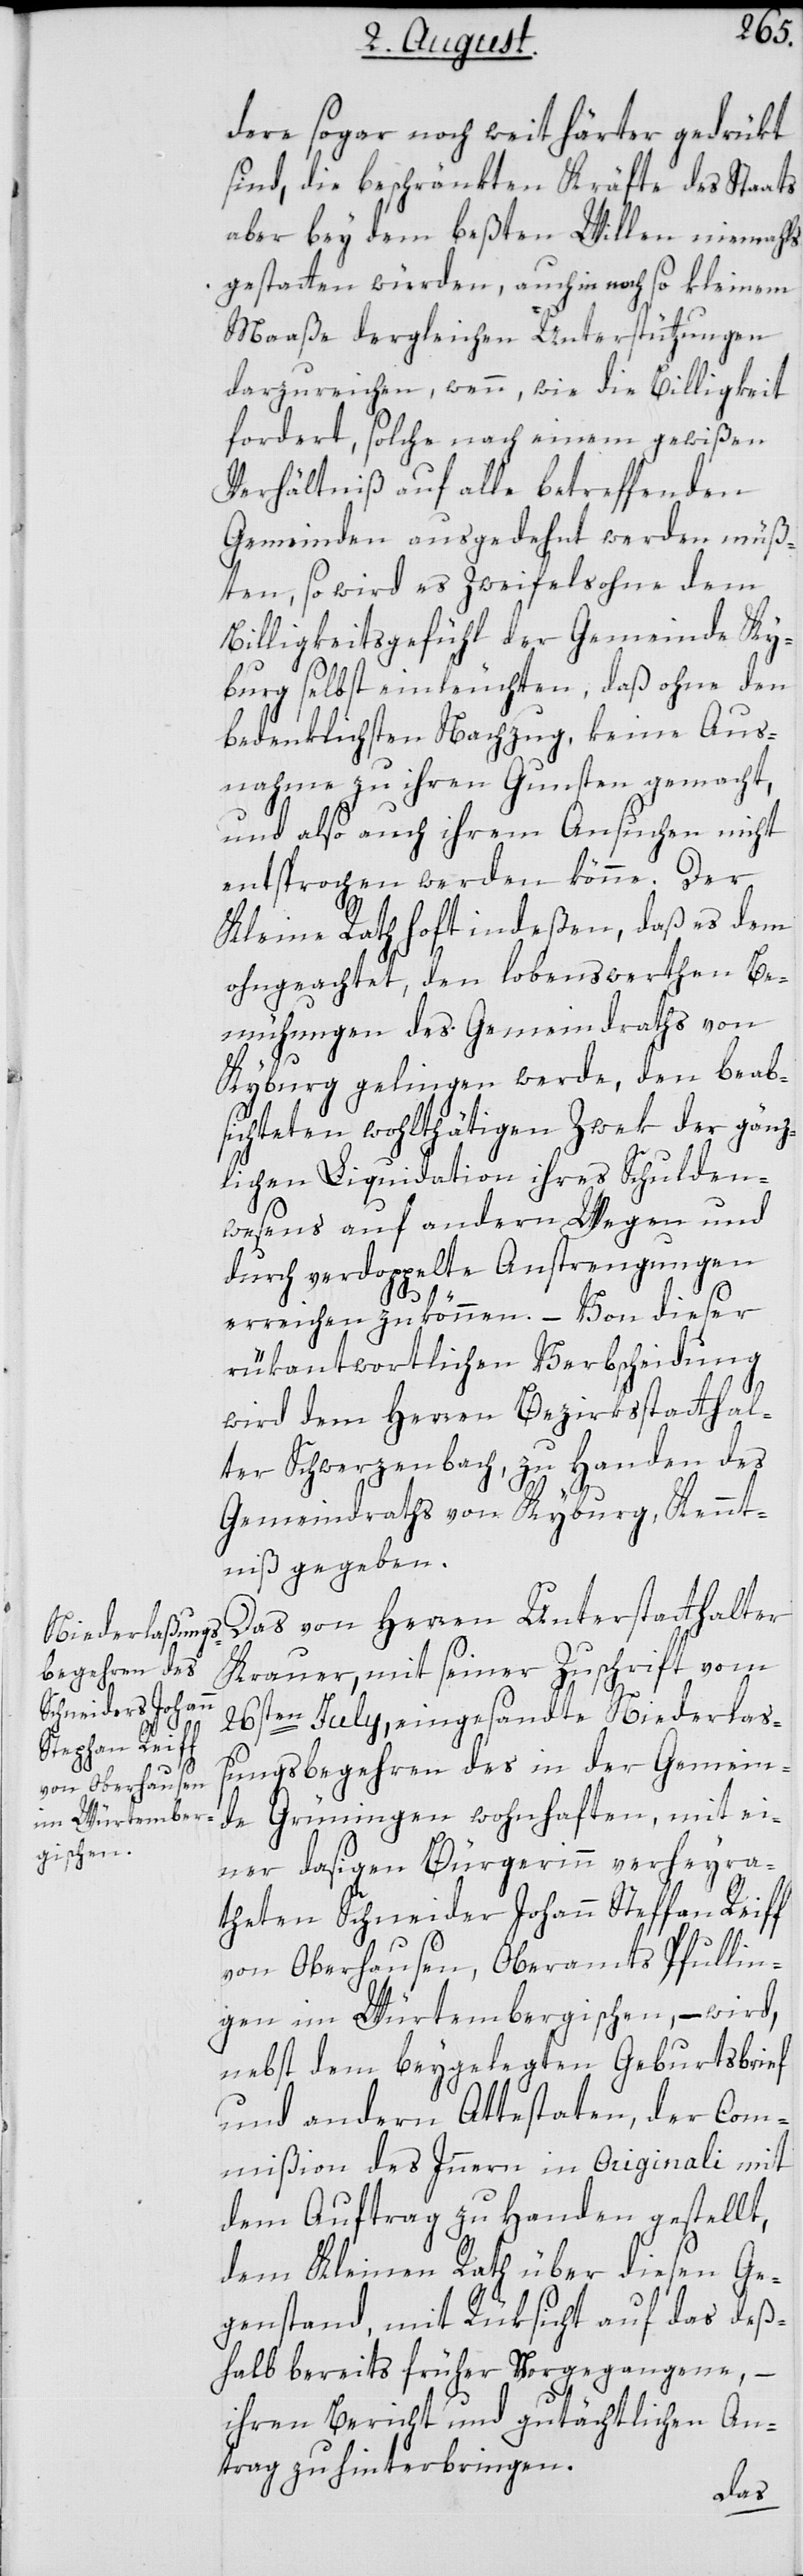
dere sogar noch weit härter gedrükt
sind, die beschränkten Kräfte des Staats
aber bey dem beßten Willen niemahls
gestatten würden, auch in noch so kleinem
Maaße dergleichen Unterstützungen
darzureichen, wenn, wie die Billigkeit
fordert, solche nach einem gewißen
Verhältniß auf alle betreffenden
Gemeinden ausgedehnt werden müß¬
ten, so wird es Zweifelsohne dem
Billigkeitsgefühl der Gemeinde Ky¬
burg selbst einleuchten, daß ohne den
bedenklichsten Nachzug, keine Aus¬
nahme zu ihren Gunsten gemacht,
und also auch ihrem Ansuchen nicht
entsprochen werden könne. Der
Kleine Rath hofft indeßen, daß es dem
ohngeachtet, den lobenswerthen Be¬
mühungen des Gemeindraths von
Kyburg gelingen werde, den beab¬
sichteten wohlthätigen Zwek der gänz¬
lichen Liquidation ihres Schulden¬
wesens auf andern Wegen und
durch verdoppelte Anstrengungen
erreichen zu können. – Von dieser
rükantwortlichen Verbscheidung
wird dem Herren Bezirksstatthal¬
ter Schwerzenbach, zu Handen des
Gemeindraths von Kyburg, Kennt¬
niß gegeben.
Das von Herren Unterstatthalter
Krauer, mit seiner Zuschrift vom
26sten July, eingesandte Niederlaß¬
ungsbegehren des in der Gemein¬
de Grüningen wohnhaften, mit ei¬
ner dasigen Bürgerinn verheyra¬
theten Schneider Johann Stephan Reiff
von Oberhausen, Oberamts Pfullin¬
gen im Würtembergischen, – wird,
nebst dem beygelegten Geburtsbrief
und andern Attestaten, der Com¬
mißion des Innern in Originali mit
dem Auftrag zu Handen gestellt,
dem Kleinen Rath über diesen Ge¬
genstand, mit Rüksicht auf das deß¬
halb bereits früher Vorgegangene, –
ihren Bericht und gutächtlichen An¬
trag zu hinterbringen.